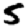
Digit: 5